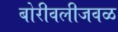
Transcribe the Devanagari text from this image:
बोरीवलीजवळ